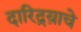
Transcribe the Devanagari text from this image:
दारिद्रय़ाचे